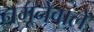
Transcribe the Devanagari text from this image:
नमूनेवाले